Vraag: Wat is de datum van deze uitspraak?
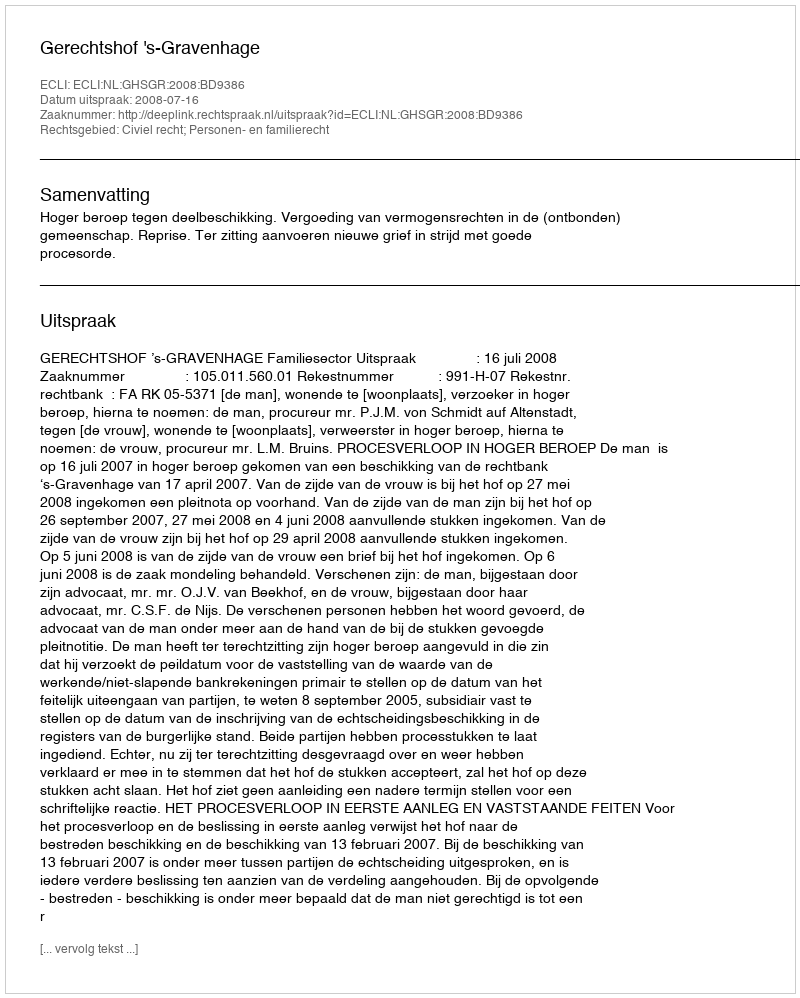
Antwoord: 2008-07-16